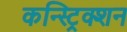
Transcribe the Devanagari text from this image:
कन्स्ट्रिक्शन